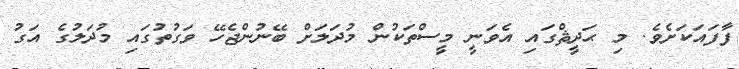
ފާފައަކަށެވެ. މި ޙަދީޘްގައި އެވަނީ މީސްތަކުން މުދަލަށް ބޭނުންޖެހޭ ވަގުތުގައި މުދަލުގެ އަގު